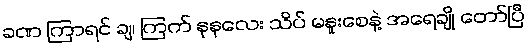
ခဏ ကြာရင် ချ၊ ကြက် နုနုလေး သိပ် မနူးစေနဲ့ အရေချို တော်ပြီ